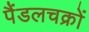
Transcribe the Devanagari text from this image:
पैंडलचक्रों